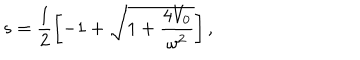
s = \frac { 1 } { 2 } \left[ - 1 + \sqrt { 1 + \frac { 4 V _ { 0 } } { \omega ^ { 2 } } } \right] ,